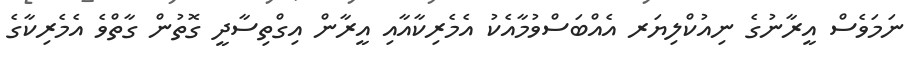
ނަމަވެސް އީރާނުގެ ނިއުކްލިޔަރ އެއްބަސްވުމާއެކު އެމެރިކާއާއި އީރާން އިގްތިސާދީ ގޮތުން ގާތްވެ އެމެރިކާގެ